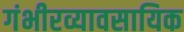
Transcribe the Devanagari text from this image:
गंभीरव्यावसायिक